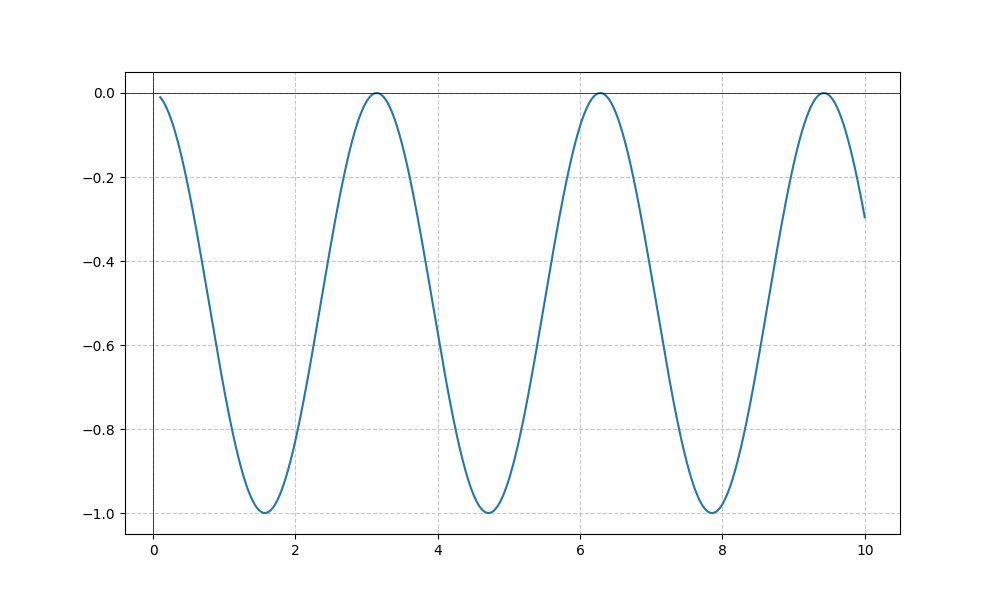
LaTeX formula: - \sin^{2}{\left(x \right)}